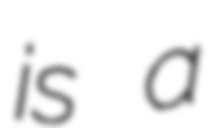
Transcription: is a